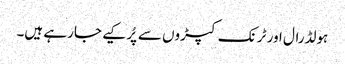
ہولڈرال اور ٹرنک کپڑوں سے پُر کیے جارہے ہیں۔